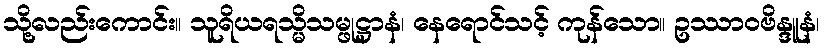
သို့လည်းကောင်း။ သူရိယရသ္မိသမ္ဖုဋ္ဌာနံ၊ နေရောင်သင့် ကုန်သော။ ဥဿာဝဗိန္ဒူနံ၊